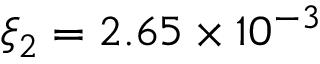
\xi _ { 2 } = 2 . 6 5 \times 1 0 ^ { - 3 }